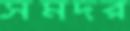
সমদর